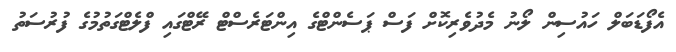
އެފޯޑަބަލް ހައުސިން ލޯނު މެދުވެރިކޮށް ފަސް ޕަސެންޓްގެ އިންޓަރެސްޓް ރޭޓްގައި ފްލެޓްގަތުމުގެ ފުރުސަތު